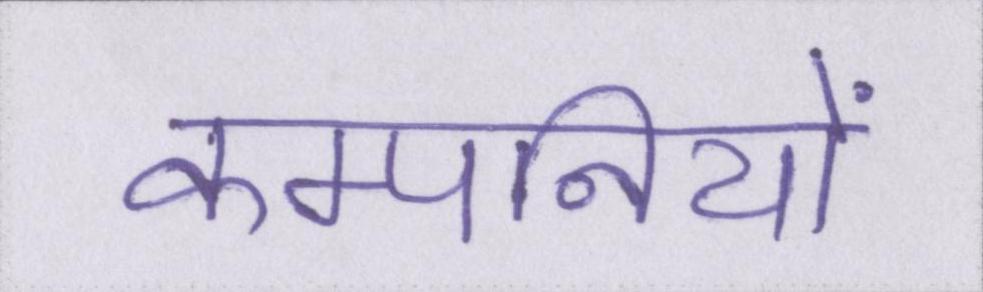
कम्पनियों